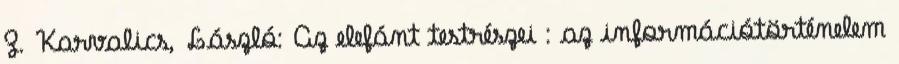
Z. Karvalics, László: Az elefánt testrészei : az információtörténelem